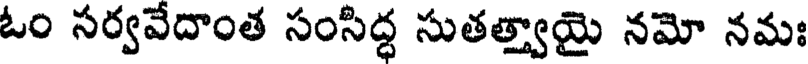
ఓం సర్వవేదాంత సంసిద్ధ సుతత్త్వాయై నమో నమః